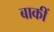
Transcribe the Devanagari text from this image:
बाकीं